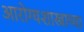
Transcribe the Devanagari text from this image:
आरोग्यशास्त्राच्या